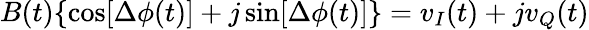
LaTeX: B(t)\{ \cos[\Delta\phi(t)]+j\sin[\Delta\phi(t)]\} =v_{I}(t)+jv_{Q}(t)